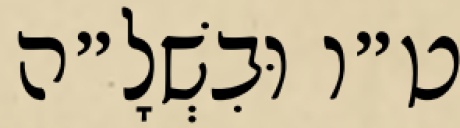
ט״ו וּבִשְׁלָ״ה